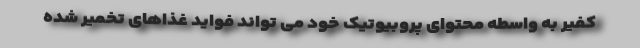
کفیر به واسطه محتوای پروبیوتیک خود می تواند فواید غذاهای تخمیر شده